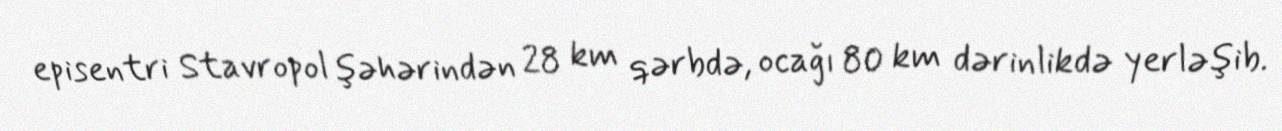
episentri Stavropol şəhərindən 28 km qərbdə, ocağı 80 km dərinlikdə yerləşib.